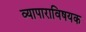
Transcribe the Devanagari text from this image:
व्यापाराविषयक